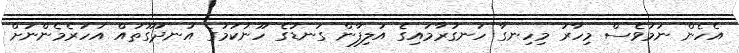
އެހެން ނަމަވެސް މިހާރު މިހިނގާ ހަނގުރާމައިގެ އަލިފާން ގަނޑުގެ ހޫނުކަމުގެ އުނދަގޫތައް އަހަރެމެންނަށް